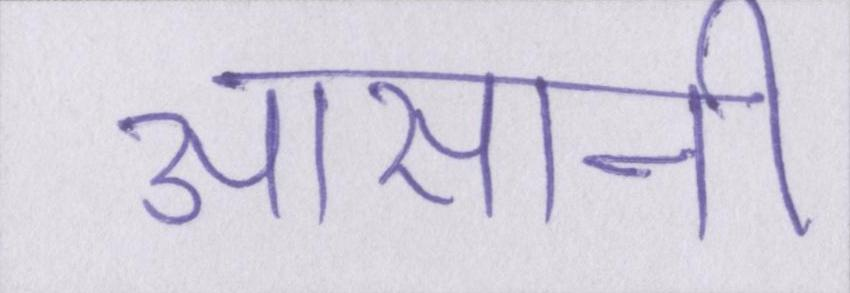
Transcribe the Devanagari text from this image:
आसानी